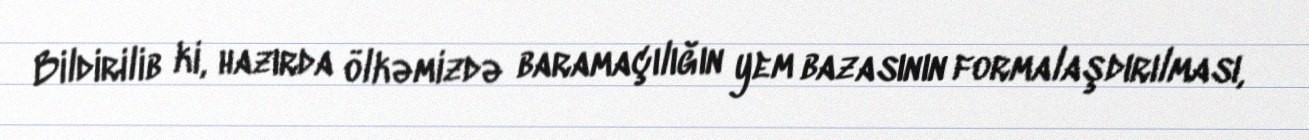
Bildirilib ki, hazırda ölkəmizdə baramaçılığın yem bazasının formalaşdırılması,